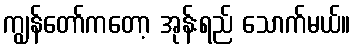
ကျွန်တော်ကတော့ အုန်းရည် သောက်မယ်။